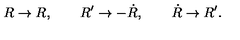
R \rightarrow R , \qquad R ^ { \prime } \rightarrow { - \dot { R } } , \qquad { \dot { R } } \rightarrow R ^ { \prime } .